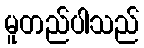
မူတည်ပါသည်